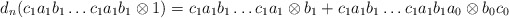
\begin{align*}d_n(c_1a_1b_1 \dots c_1a_1b_1 \otimes 1) = c_1a_1b_1 \dots c_1a_1 \otimes b_1 + c_1a_1b_1 \dots c_1a_1b_1a_0 \otimes b_0c_0\end{align*}